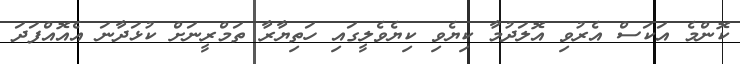
ކޮންމެ އަކަސް އެރުވި އޮލަދުމާ ކިޔެވި ކިޔެވެލީގައި ހަތިޔާރާ ތަމްރީނަށް ކުޅަދާނަ އެއޮއްފަދަ